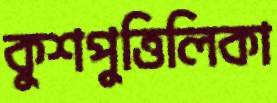
কুশপুত্তিলিকা